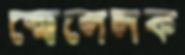
স্মোলেন্সক